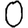
Digit: 0